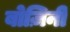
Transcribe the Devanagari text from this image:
बोज़िनी